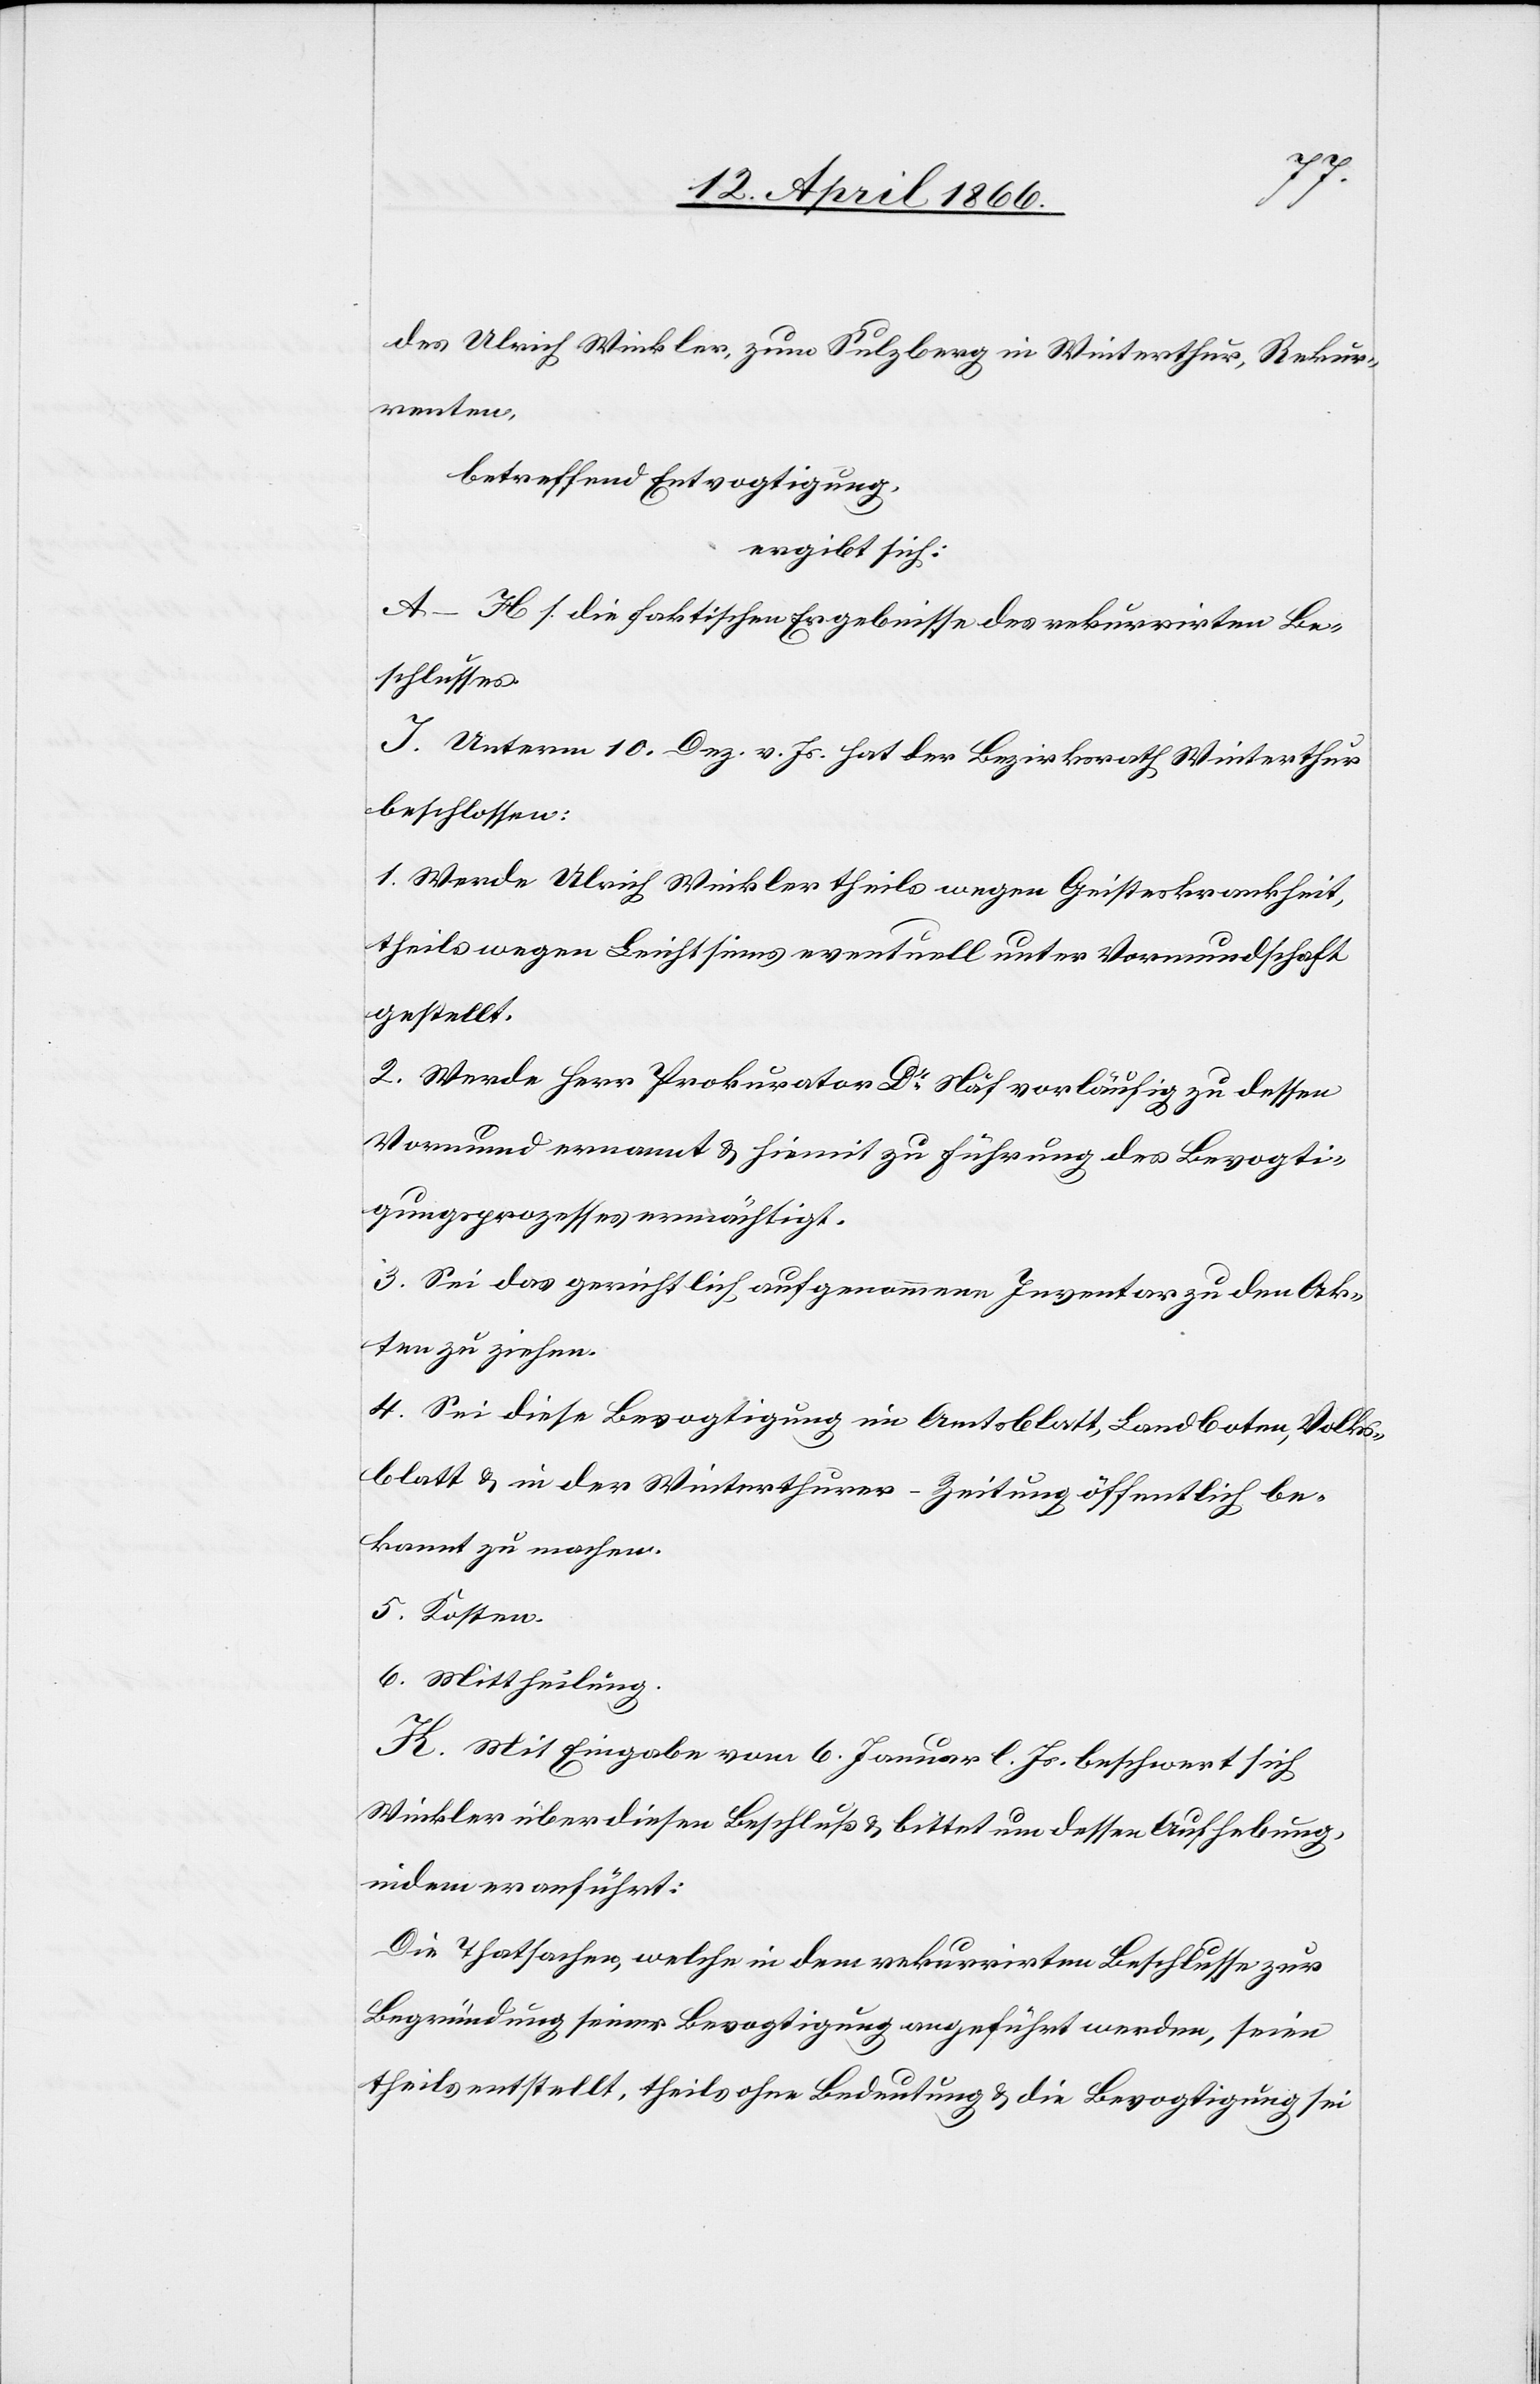
des Ulrich Winkler, zum Sulzberg in Winterthur, Rekur¬
renten,
betreffend Entvogtigung,
ergibt sich:
A–H s. die faktischen Ergebnisse des rekurrirten Be¬
schlusses.
J. Unterm 10. Dez. v. Js. hat der Bezirksrath Winterthur
beschlossen:
1. Werde Ulrich Winkler theils wegen Geisteskrankheit,
theils wegen Leichtsinns eventuell unter Vormundschaft
gestellt.
2. Werde Herr Prokurator Dr. Näf vorläufig zu dessen
Vormund ernannt u. hiemit zu Führung des Bevogti¬
gungsprozesses ermächtigt.
3. Sei das gerichtlich aufgenommene Inventar zu den Ak¬
ten zu ziehen.
4. Sei diese Bevogtigung im Amtsblatt, Landboten, Volks¬
blatt u. in der Winterthurer-Zeitung öffentlich be¬
kannt zu machen.
5. Kosten.
6. Mittheilung.
K. Mit Eingabe vom 6. Januar l. Js. beschwert sich
Winkler über diesen Beschluß u. bittet um dessen Aufhebung,
indem er anführt:
Die Thatsachen, welche in dem rekurrirten Beschlusse zur
Begründung seiner Bevogtigung angeführt werden, seien
theils entstellt, theils ohne Bedeutung u. die Bevogtigung sei